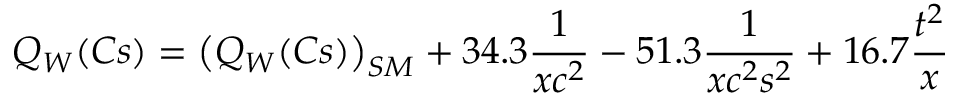
Q _ { W } ( C s ) = \left( Q _ { W } ( C s ) \right) _ { S M } + 3 4 . 3 { \frac { 1 } { x c ^ { 2 } } } - 5 1 . 3 { \frac { 1 } { x c ^ { 2 } s ^ { 2 } } } + 1 6 . 7 { \frac { t ^ { 2 } } { x } }